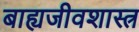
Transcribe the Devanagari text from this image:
बाह्यजीवशास्त्र